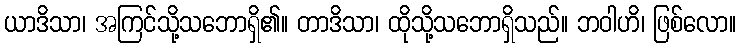
ယာဒိသာ၊ အကြင်သို့သဘောရှိ၏။ တာဒိသာ၊ ထိုသို့သဘောရှိသည်။ ဘဝါဟိ၊ ဖြစ်လော။